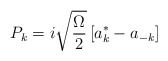
\begin{align*}P_k=i\sqrt{\frac \Omega 2}\left[ a_k^{*}-a_{-k}\right] \end{align*}